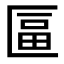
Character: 𠥏